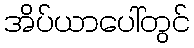
အိပ်ယာပေါ်တွင်